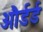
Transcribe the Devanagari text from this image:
और्डर्ड